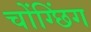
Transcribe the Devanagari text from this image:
चोंग्छिंग